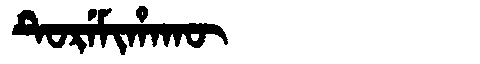
Manchu: ᡨᡠᡵᡝᠮᡳᡥᠠᡴᡡ
Romanization: TUREMIHAKŪ